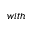
w i t h